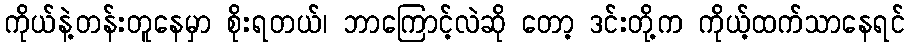
ကိုယ်နဲ့တန်းတူနေမှာ စိုးရတယ်၊ ဘာကြောင့်လဲဆို တော့ ဒင်းတို့က ကိုယ့်ထက်သာနေရင်